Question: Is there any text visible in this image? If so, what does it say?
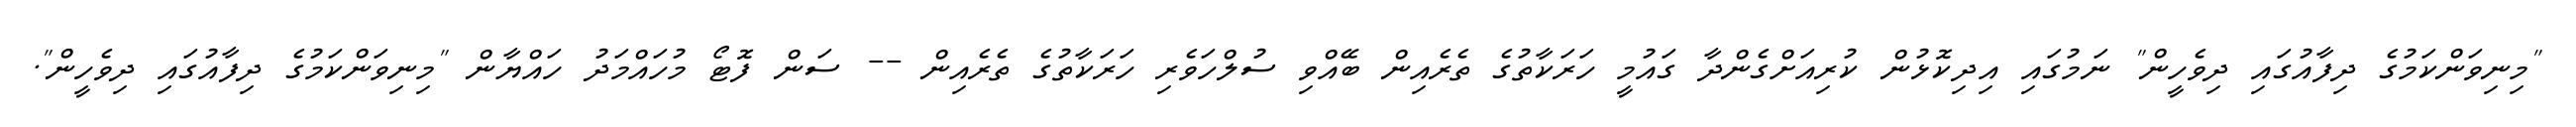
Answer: "މިނިވަންކަމުގެ ދިފާއުގައި ދިވެހީން" ނަމުގައި އިދިކޮޅުން ކުރިއަށްގެންދާ ގައުމީ ހަރަކާތުގެ ތެރެއިން ބޭއްވި ސުލްހަވެރި ހަރަކާތުގެ ތެރެއިން -- ސަން ފޮޓޯ މުހައްމަދު ހައްޔާން "މިނިވަންކަމުގެ ދިފާއުގައި ދިވެހީން".